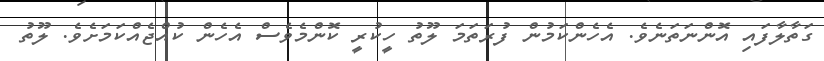
ގަތާލާފައި އޮންނަތަނެވެ. އެހެންކަމުން ފުރަތަމަ ލޫތު ހީކުރީ ކޮންމެވެސް އެހެން ކުއްޖެއްކަމަށެވެ. ލޫތު